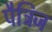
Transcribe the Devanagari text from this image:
पैट्रिज